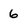
Character: 6